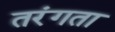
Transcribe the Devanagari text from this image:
तरंगता